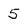
Character: 5